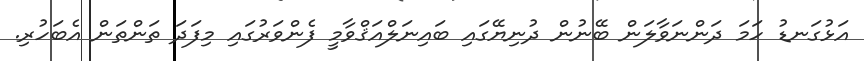
އަޅުގަނޑު ހަމަ ދަންނަވާލަން ބޭނުން ދުނިޔޭގައި ބައިނަލްއަޤްވާމީ ފެންވަރުގައި މިފަދަ ތަންތަން އެބަހުރި.